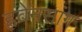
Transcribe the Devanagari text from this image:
ह्ववेनसांग